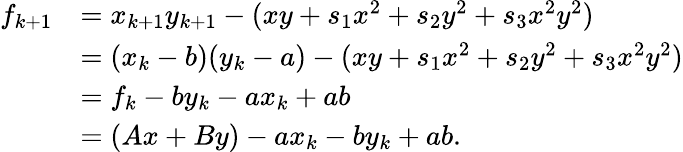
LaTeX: \begin{array}{rl}{f_{k+1}}&{=x_{k+1}y_{k+1}-(xy+s_{1}x^{2}+s_{2}y^{2}+s_{3}x^{2}y^{2})}\\ &{=(x_{k}-b)(y_{k}-a)-(xy+s_{1}x^{2}+s_{2}y^{2}+s_{3}x^{2}y^{2})}\\ &{=f_{k}-by_{k}-ax_{k}+ab}\\ &{=(Ax+By)-ax_{k}-by_{k}+ab.}\end{array}